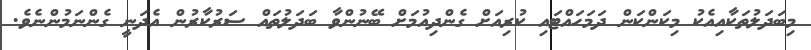
މިބަދަލުތަކާއިއެކު މިކަންކަން ދަމަހައްޓައި ކުރިއަށް ގެންދިއުމަށް ބޭނުންވާ ބަދަލުތައް ސަރުކާރުން އެދަނީ ގެންނަމުންނެވެ.